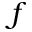
f